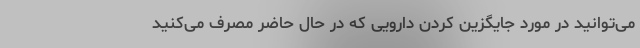
می‌توانید در مورد جایگزین کردن دارویی که در حال حاضر مصرف می‌کنید